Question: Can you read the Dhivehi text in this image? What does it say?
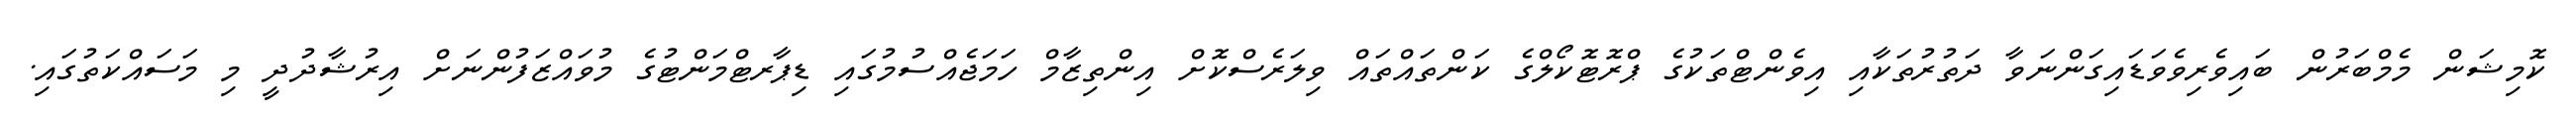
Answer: ކޮމިޝަން މެމްބަރުން ބައިވެރިވެވަޑައިގަންނަވާ ދަތުރުތަކާއި އިވެންޓްތަކުގެ ޕްރޮޓޮކޯލްގެ ކަންތައްތައް ވިލަރެސްކޮށް އިންތިޒާމް ހަމަޖެއްސުމުގައި ޑިޕާރޓްމަންޓުގެ މުވައްޒަފުންނަށް އިރުޝާދުދީ މި މަސައްކަތުގައި.